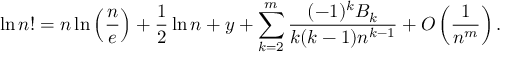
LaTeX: \ln n ! = n \ln \left( { \frac { n } { e } } \right) + { \frac { 1 } { 2 } } \ln n + y + \sum _ { k = 2 } ^ { m } { \frac { ( - 1 ) ^ { k } B _ { k } } { k ( k - 1 ) n ^ { k - 1 } } } + O \left( { \frac { 1 } { n ^ { m } } } \right) .